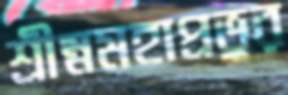
শ্রীম্নমহাপ্রভুর